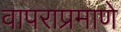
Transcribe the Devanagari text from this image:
वापराप्रमाणे